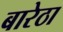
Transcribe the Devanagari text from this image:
बारेठा